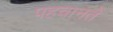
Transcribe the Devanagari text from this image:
पहचानतें